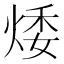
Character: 𤉦